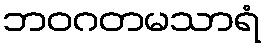
ဘဝဂတမသာရံ